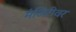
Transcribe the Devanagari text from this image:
मंजिरीवर